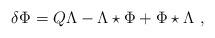
LaTeX: \begin{align*}\delta \Phi=Q\Lambda-\Lambda \star \Phi+\Phi\star \Lambda \ ,\end{align*}